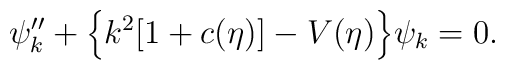
\psi_{k}'' + \Bigl\{ k^2[1+c(\eta)] - V(\eta)\Bigr\} \psi_{k} = 0.